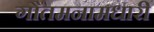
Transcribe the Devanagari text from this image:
गौतमनामधारी